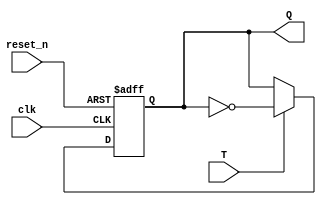
`timescale 1ns / 1ps
//////////////////////////////////////////////////////////////////////////////////
// Company: 
// Engineer: 
// 
// Design Name: 
// Module Name: T_FF
// Project Name: 
// Target Devices: 
// Tool Versions: 
// Description: 
// 
// Dependencies: 
// 
// Revision:
// Revision 0.01 - File Created
// Additional Comments:
// 
//////////////////////////////////////////////////////////////////////////////////


module T_FF(
        input clk,T,reset_n,
        output Q
    );
    
    localparam C2Q_DELAY = 2; //CLOCK TO Q DELAY ... WHICH IS THE TIME TAKEN TO UPDATE THE CURRENT VALUE (EFFECTIVE IN SIMULATION ONLY  )
    
    reg Q_next,Q_reg;
    
    always @(posedge clk, negedge reset_n)
    begin
    if(!reset_n) //async reset
    Q_reg <= 1'b0;
    else
    #C2Q_DELAY Q_reg <= Q_next;
    end
    
    always @(*)
    begin
    Q_next = T ? ~Q_reg : Q_reg;
    end
    
    assign Q = Q_reg ;
endmodule